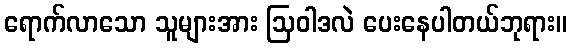
ရောက်လာသော သူများအား ဩဝါဒလဲ ပေးနေပါတယ်ဘုရား။